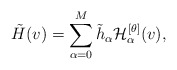
\begin{align*} \tilde{H}(v) = \sum_{\alpha=0}^M \tilde{h}_{\alpha}\mathcal{H}^{[\theta]}_{\alpha}(v),\end{align*}